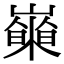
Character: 𡾍